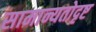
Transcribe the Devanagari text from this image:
सामान्यतोदृष्ट